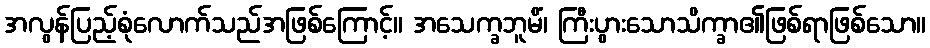
အလွန်ပြည့်စုံလောက်သည်အဖြစ်ကြောင့်။ အသေက္ခဘူမိံ၊ ကြီးပွားသောသိက္ခာ၏ဖြစ်ရာဖြစ်သော။